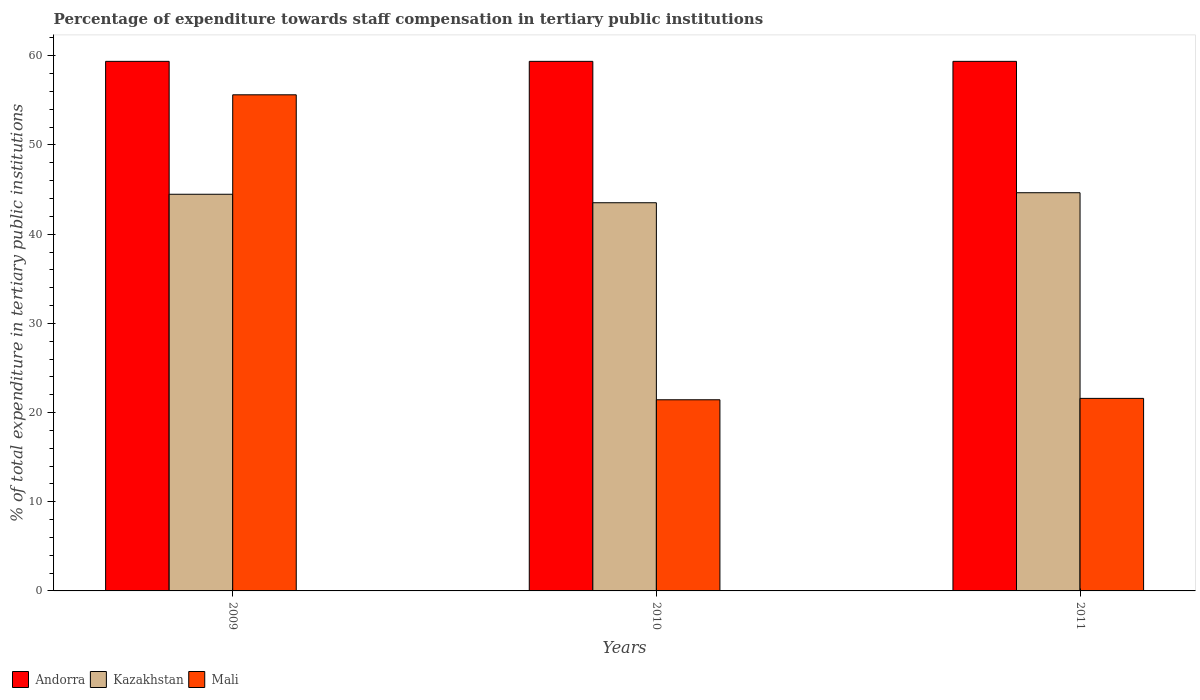
| Years | Andorra | Kazakhstan | Mali |
 | --- | --- | --- | --- |
 | 2009 | 59.4 | 44.5 | 55.6 |
 | 2010 | 59.4 | 43.5 | 21.4 |
 | 2011 | 59.4 | 44.6 | 21.6 |